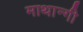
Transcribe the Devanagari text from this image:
माथान्गी